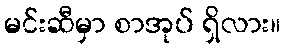
မင်းဆီမှာ စာအုပ် ရှိလား။